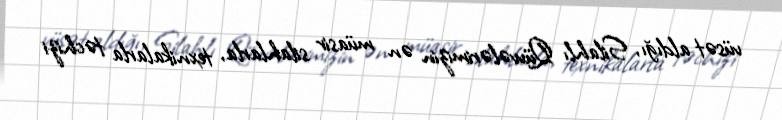
vüsət aldığı, Silahlı Qüvvələrimizin ən müasir silahlarla, texnikalarla təchizi